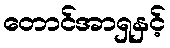
တောင်အာရှနှင့်